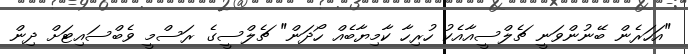
"އަހަރެން ބޭނުންވަނީ ޗެލްސީއާއެކު ހުރިހާ ކާމިޔާބެއް ހޯދަން" ޗެލްސީގެ ރަސްމީ ވެބްސައިޓަށް ދިން